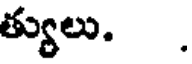
త్యులు. .